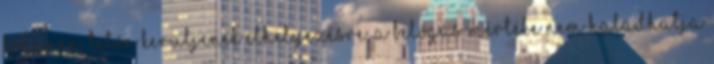
födémen, tetõn kerüljenek elhelyezésre, a belógás mértéke nem haladhatja